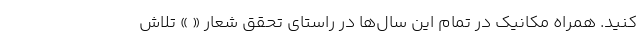
کنید. همراه مکانیک در تمام این سال‌ها در راستای تحقق شعار « » تلاش